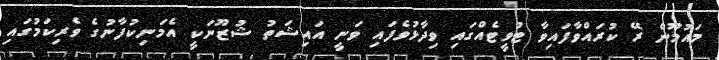
މައުމޫން ރޭ ކުރައްވާފައިވާ ޓުވީޓެއްގައި ވިދާޅުވެފައި ވަނީ އައިޝަތު ޝުޒޫނަކީ އެމަނިކުފާނުގެ ވެރިކަމުގައި